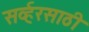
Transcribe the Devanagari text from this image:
सर्व्हरसाठी